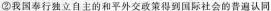
我国行独立目主的和平外交得社会的普追认同